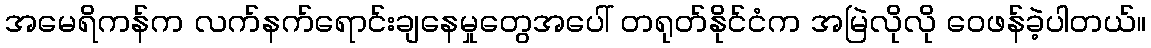
အမေရိကန်က လက်နက်ရောင်းချနေမှုတွေအပေါ် တရုတ်နိုင်ငံက အမြဲလိုလို ဝေဖန်ခဲ့ပါတယ်။